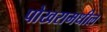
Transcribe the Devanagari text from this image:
पोखरामधील